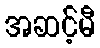
အဆင့်မီ